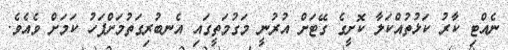
ނެއްޓި ކާރު ކަޅުތުއްކަލާ ކޮށީގެ ގޭޓަށް އުރުނީ މަގުމަތީގައި އެނބުރިގަތުމަށްފަހު ކަމަށް ވެއެވެ.